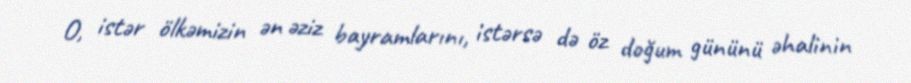
O, istər ölkəmizin ən əziz bayramlarını, istərsə də öz doğum gününü əhalinin